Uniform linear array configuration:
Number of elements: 32
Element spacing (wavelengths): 0.5
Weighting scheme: binomial
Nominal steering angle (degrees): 0
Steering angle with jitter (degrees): -1.451
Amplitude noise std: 0.05
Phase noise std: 0.05

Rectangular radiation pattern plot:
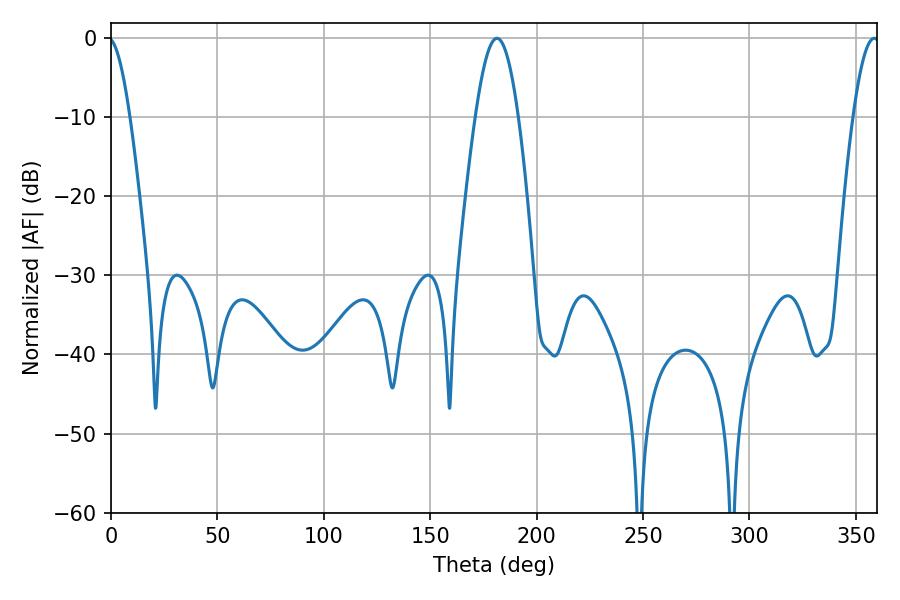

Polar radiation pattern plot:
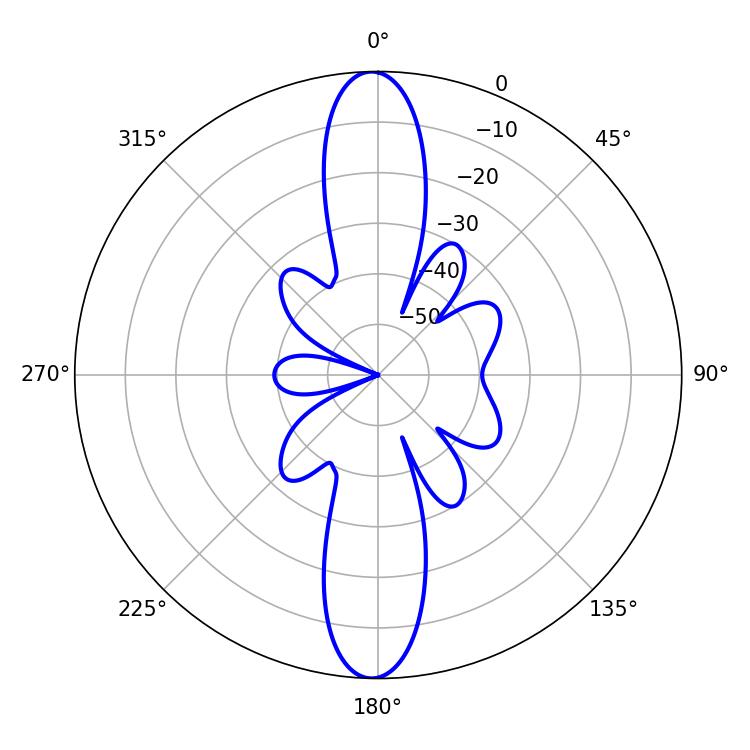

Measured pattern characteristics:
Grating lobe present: FALSE
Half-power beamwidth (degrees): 10.98
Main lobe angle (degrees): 181.26